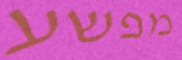
מפשע